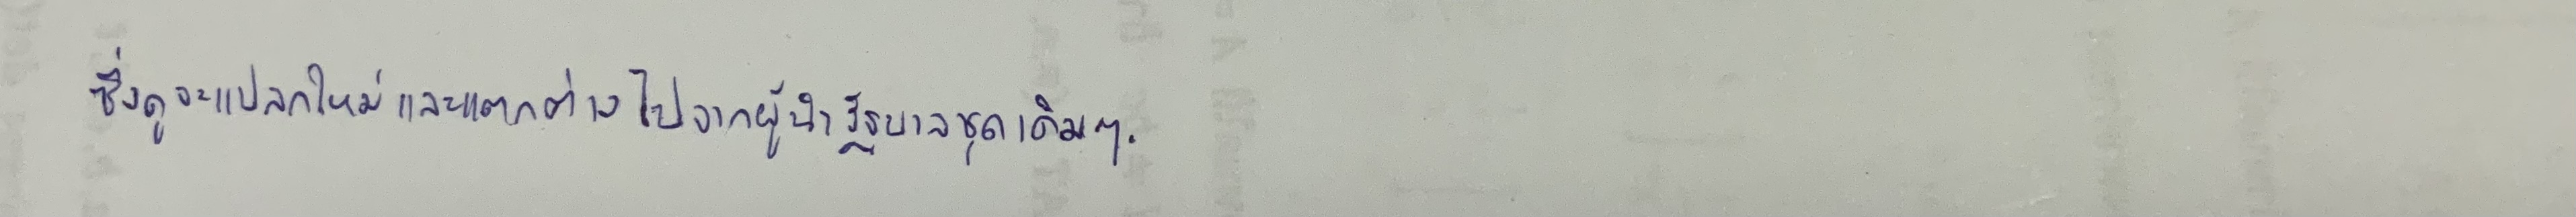
ซึ่งดูจะแปลกใหม่และแตกต่างไปจากผู้นำรัฐบาลชุดเดิมๆ.